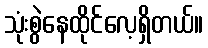
သုံးစွဲနေထိုင်လေ့ရှိတယ်။